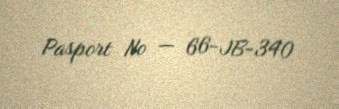
Pasport № — 66-JB-340